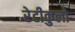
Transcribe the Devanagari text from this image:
रेटीकुलो